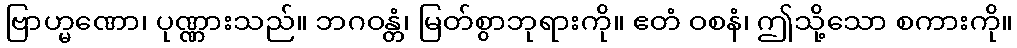
ဗြာဟ္မဏော၊ ပုဏ္ဏားသည်။ ဘဂဝန္တံ၊ မြတ်စွာဘုရားကို။ ဧတံ ဝစနံ၊ ဤသို့သော စကားကို။